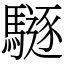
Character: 䮱